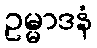
ဥမ္မာဒနံ